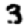
Digit: 3